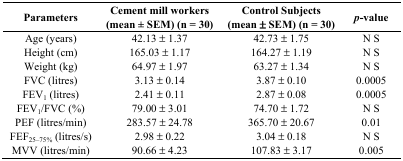
<table><thead><tr><td><b>Parameters</b></td><td><b>Cement mill workers (mean ± SEM) (n = 30)</b></td><td><b>Control Subjects (mean ± SEM) (n = 30)</b></td><td><b><i>p</i>-value</b></td></tr></thead><tbody><tr><td>Age (years)</td><td>42.13 ± 1.37</td><td>42.73 ± 1.75</td><td>N S</td></tr><tr><td>Height (cm)</td><td>165.03 ± 1.17</td><td>164.27 ± 1.19</td><td>N S</td></tr><tr><td>Weight (kg)</td><td>64.97 ± 1.97</td><td>63.27 ± 1.34</td><td>N S</td></tr><tr><td>FVC (litres)</td><td>3.13 ± 0.14</td><td>3.87 ± 0.10</td><td>0.0005</td></tr><tr><td>FEV<sub>1</sub> (litres)</td><td>2.41 ± 0.11</td><td>2.87 ± 0.08</td><td>0.0005</td></tr><tr><td>FEV<sub>1</sub>/FVC (%)</td><td>79.00 ± 3.01</td><td>74.70 ± 1.72</td><td>N S</td></tr><tr><td>PEF (litres/min)</td><td>283.57 ± 24.78</td><td>365.70 ± 20.67</td><td>0.01</td></tr><tr><td>FEF<sub>25</sub><sub>–75%</sub> (litres/s)</td><td>2.98 ± 0.22</td><td>3.04 ± 0.18</td><td>N S</td></tr><tr><td>MVV (litres/min)</td><td>90.66 ± 4.23</td><td>107.83 ± 3.17</td><td>0.005</td></tr></tbody></table>